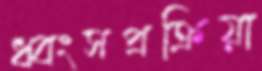
ধ্বংসপ্রক্রিয়া